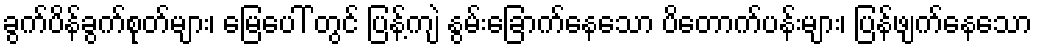
ခွက်ပိန်ခွက်စုတ်များ၊ မြေပေါ် တွင် ပြန့်ကျဲ နွမ်းခြောက်နေသော ပိတောက်ပန်းများ၊ ပြန်ဖျက်နေသော